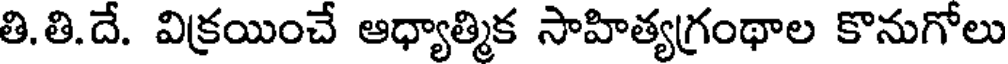
తి.తి.దే. విక్రయించే ఆధ్యాత్మిక సాహిత్యగ్రంథాల కొనుగోలు